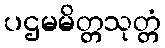
ပဌမမိတ္တသုတ္တံ